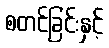
စတင်ခြင်းနှင့်